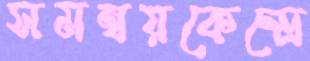
সমন্বয়কেন্দ্রে